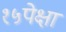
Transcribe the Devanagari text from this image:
१५पेक्षा